Annual report of lunatic asylums [Bombay] - 1912-1922
Year: 1912
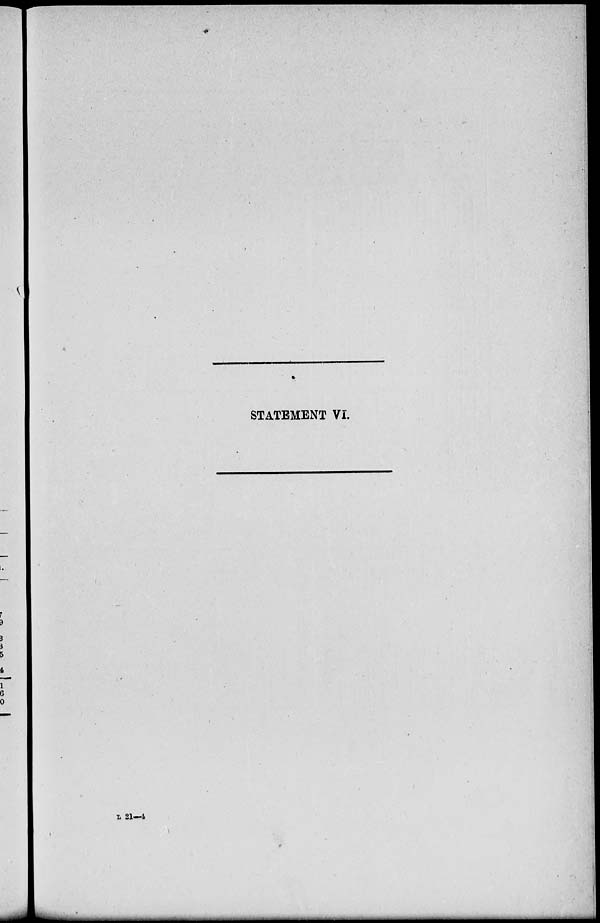
STATEMENT VI.
L 21—4